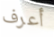
أعرف